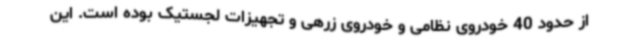
از حدود 40 خودروی نظامی و خودروی زرهی و تجهیزات لجستیک بوده است. این